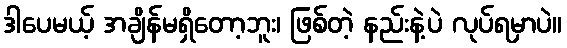
ဒါပေမယ့် အချိန်မရှိတော့ဘူး၊ ဖြစ်တဲ့ နည်းနဲ့ပဲ လုပ်ရမှာပဲ။